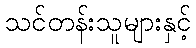
သင်တန်းသူများနှင့်